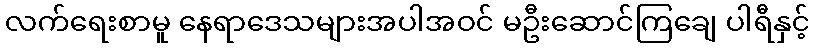
လက်ရေးစာမူ နေရာဒေသများအပါအဝင် မဦးဆောင်ကြချေ ပါရီနှင့်